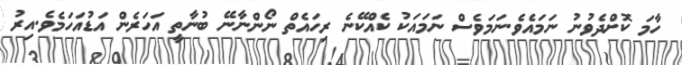
ހާމަ ކޮށްދެވުނު ނަމައެވެ.ނަމަވެސް ނަމައަކު ކެއްކޭނެ ރިހައެތް ނޯންނާނޭ ބުނާތީ އަހަރެން އަޑުއަހަމެވެ.އިރު